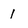
Character: 1